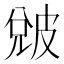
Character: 𤿫